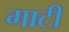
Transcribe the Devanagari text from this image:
गाटी